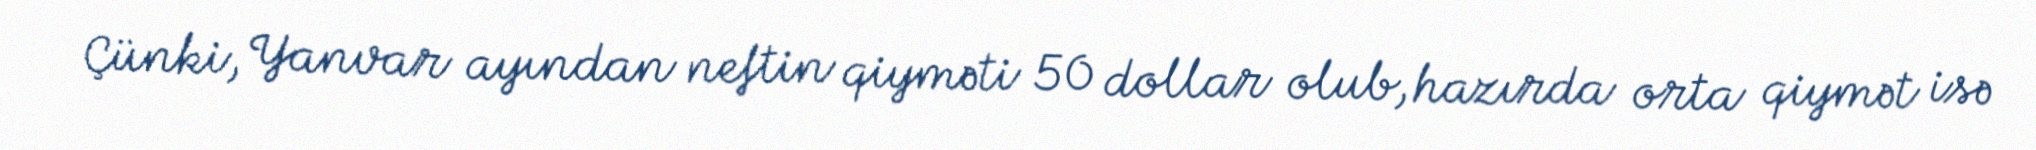
Çünki, Yanvar ayından neftin qiyməti 50 dollar olub, hazırda orta qiymət isə